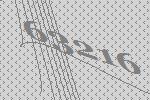
63216